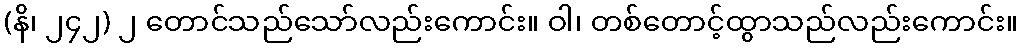
(နိ၊ ၂၄၂) ၂ တောင်သည်သော်လည်းကောင်း။ ဝါ၊ တစ်တောင့်ထွာသည်လည်းကောင်း။